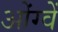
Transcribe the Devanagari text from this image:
ओंग्वें